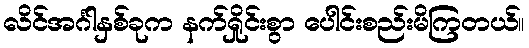
လိင်အင်္ဂါနှစ်ခုက နက်ရှိုင်းစွာ ပေါင်းစည်းမိကြတယ်။